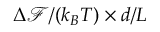
\Delta \mathcal { F } / ( k _ { B } T ) \times d / L